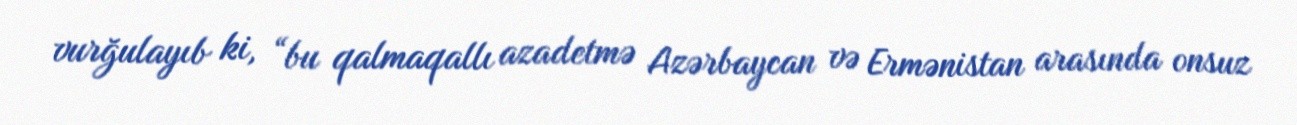
vurğulayıb ki, “bu qalmaqallı azadetmə Azərbaycan və Ermənistan arasında onsuz